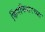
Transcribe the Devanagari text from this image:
किंगफिशरच्या